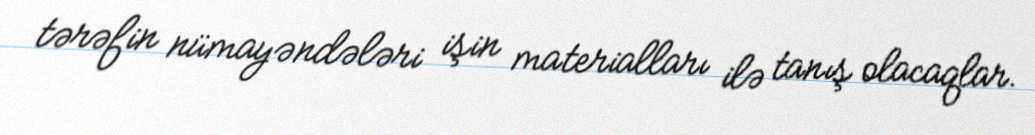
tərəfin nümayəndələri işin materialları ilə tanış olacaqlar.